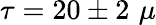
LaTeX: \tau=20\pm 2\, \, \mu